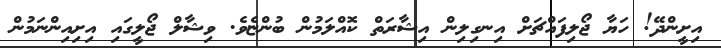
އިށީންދޭ! ހަޔާ ޖޯލިފައްޗަށް އިނގިލިން އިޝާރަތް ކޮއްލަމުން ބުންޏެވެ. ވިޝާލް ޖޯލީގައި އިށިއިންނަމުން